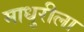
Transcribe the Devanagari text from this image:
माधुरीला